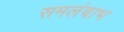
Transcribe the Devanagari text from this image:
समलंबाभ